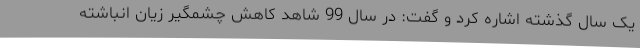
یک سال گذشته اشاره کرد و گفت: در سال 99 شاهد کاهش چشمگیر زیان انباشته